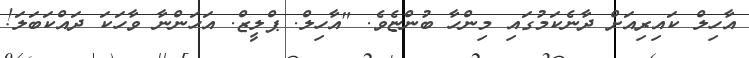
އާހިލް ކައިރިއަށް ދާނެކަމުގައި މިންހާ ބުންޏެވެ. "އާހިލް. ޕްލީޒް. އަހަންނާ ވާހަކަ ދައްކަބަލަ!